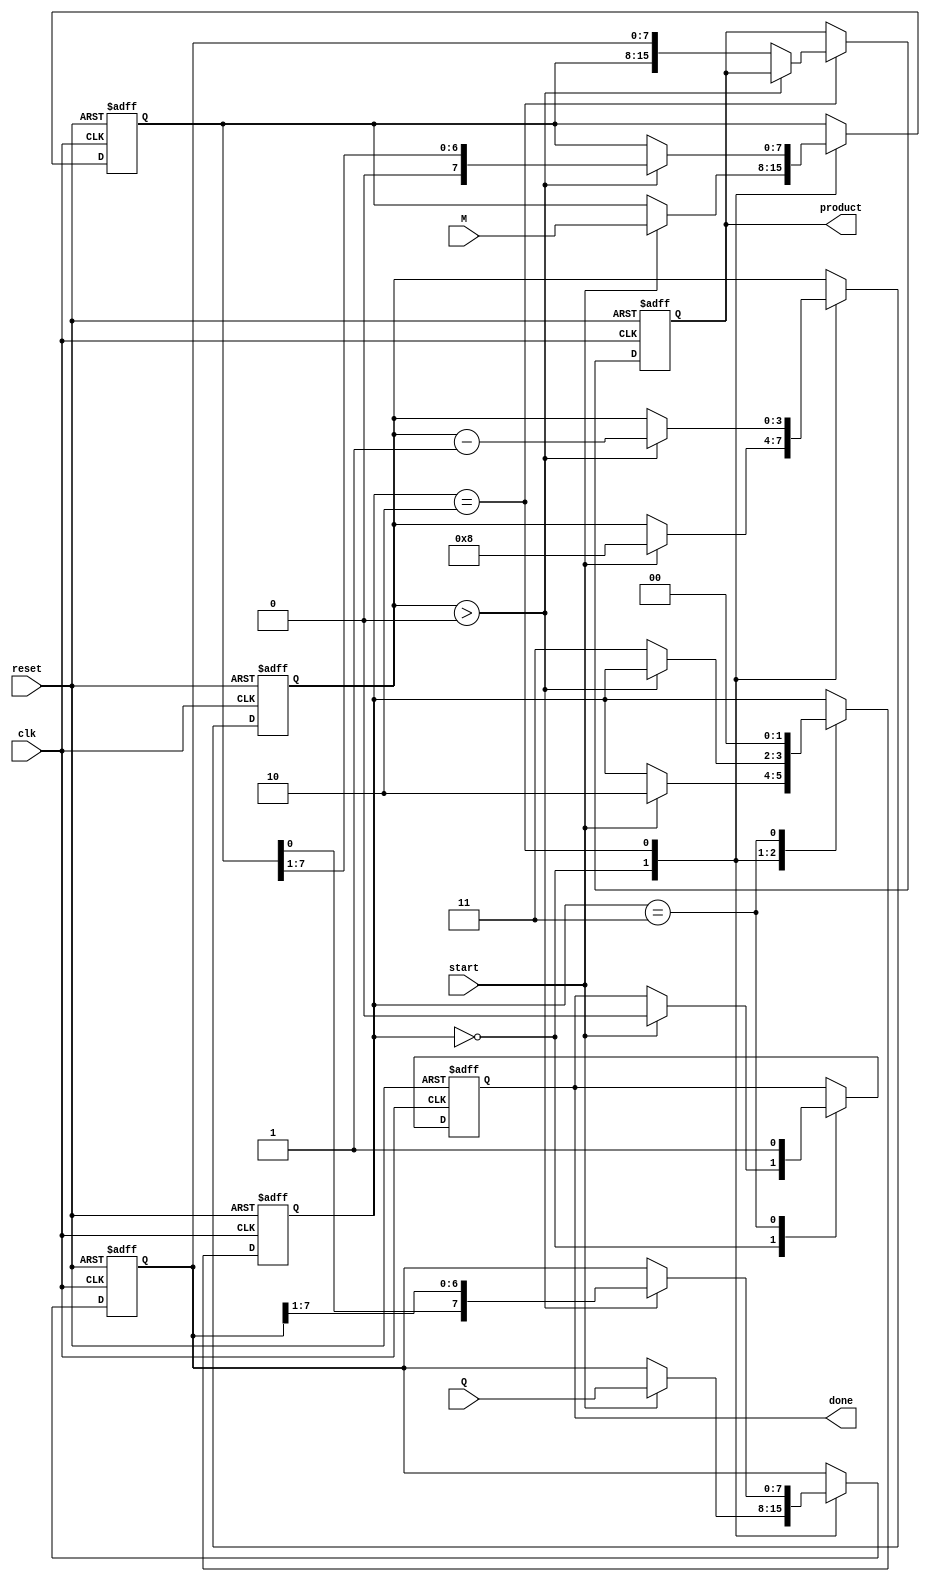
module Booth_Multiplier #(parameter N = 8) (
    input wire [N-1:0] M,         // Multiplicand
    input wire [N-1:0] Q,         // Multiplier
    input wire clk,               // Clock signal
    input wire start,             // Start signal
    input wire reset,             // Reset signal
    output reg [2*N-1:0] product, // Product result
    output reg done               // Done signal
);

    reg [N-1:0] A;                // Accumulator
    reg [N-1:0] Q_reg;            // Multiplier register
    reg [N-1:0] Q1;               // Previous Q value
    reg [3:0] count;              // Count register
    reg [1:0] state;              // FSM state

    localparam IDLE = 2'b00,      // FSM states
               INIT = 2'b01,
               PROCESS = 2'b10,
               DONE = 2'b11;

    always @(posedge clk or posedge reset) begin
        if (reset) begin
            A <= 0;
            Q_reg <= 0;
            Q1 <= 0;
            product <= 0;
            count <= 0;
            state <= IDLE;
            done <= 0;
        end else begin
            case(state)
                IDLE: begin
                    if (start) begin
                        // Load multiplicand and multiplier
                        A <= M;
                        Q_reg <= Q;
                        Q1 <= 0; // Initialize Q1 to 0
                        count <= N; // Set count to number of bits
                        state <= PROCESS;
                        done <= 0;
                    end
                end
                PROCESS: begin
                    if (count > 0) begin
                        case({Q_reg[0], Q1})
                            2'b00: begin
                                // No operation
                            end
                            2'b01: begin
                                // Add M to A
                                A <= A + M;
                            end
                            2'b10: begin
                                // Subtract M from A
                                A <= A - M;
                            end
                            2'b11: begin
                                // No operation
                            end
                        endcase
                        // Arithmetic shift right
                        {A, Q_reg} <= {A, Q_reg} >> 1;
                        Q1 <= Q_reg[0]; // Update Q1
                        count <= count - 1; // Decrement count
                    end else begin
                        // Store the result in the product
                        product <= {A, Q_reg};
                        state <= DONE; // Move to done state
                    end
                end
                DONE: begin
                    done <= 1; // Indicate multiplication is done
                    // Ready for the next operation, return to IDLE
                    state <= IDLE;
                end
            endcase
        end
    end
endmodule